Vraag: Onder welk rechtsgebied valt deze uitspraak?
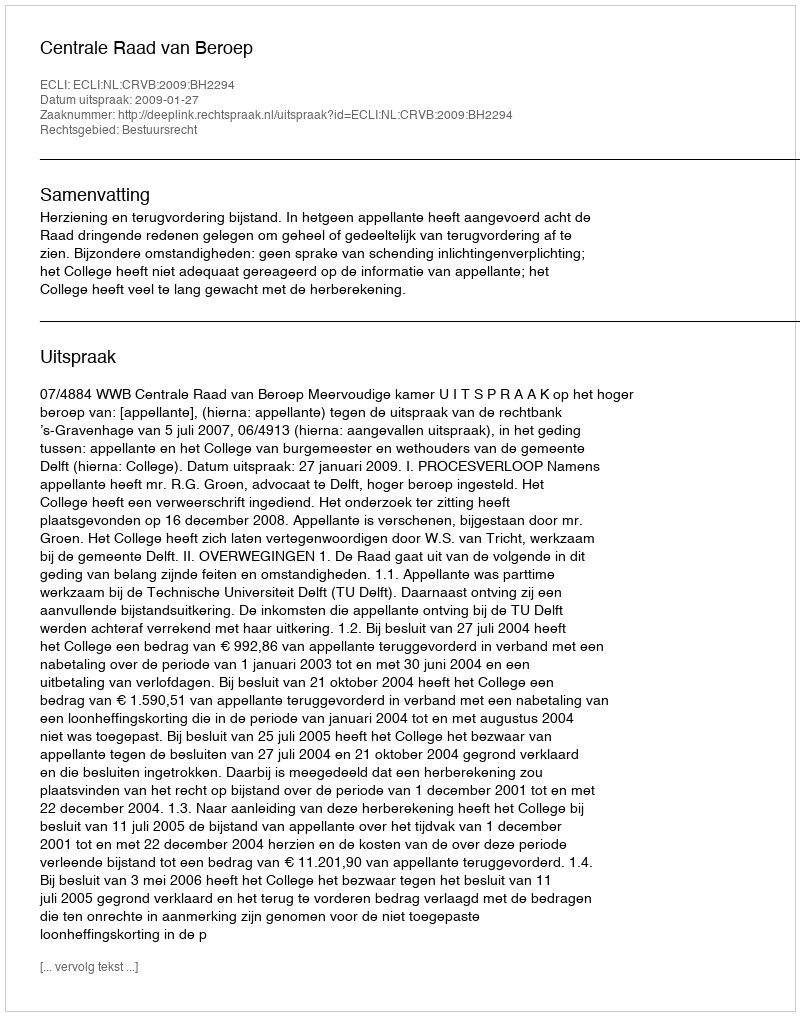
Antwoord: Bestuursrecht